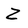
Character: Z